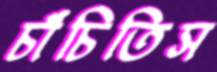
চাঁচিতিস